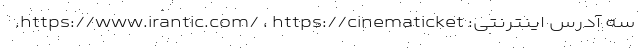
سه آدرس اینترنتی: https://www.irantic.com/ ، https://cinematicket.